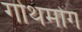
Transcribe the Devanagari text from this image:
गोथमोग